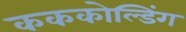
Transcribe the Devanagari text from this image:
कककोल्डिंग